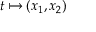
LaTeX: t \mapsto ( x _ { 1 } , x _ { 2 } )